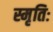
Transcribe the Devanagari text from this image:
स्मृतिः